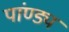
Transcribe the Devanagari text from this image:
पांण्ड्य